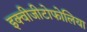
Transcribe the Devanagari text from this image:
इक्वीजीटोफोलिया